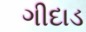
ગીદાડ